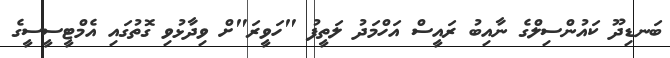
ބަނޑިދޫ ކައުންސިލްގެ ނާއިބު ރައީސް އަހްމަދު ލަތީފު "ހަވީރަ"ށް ވިދާޅުވި ގޮތުގައި އެމްޓީސީސީގެ